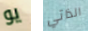
يو الذاتي